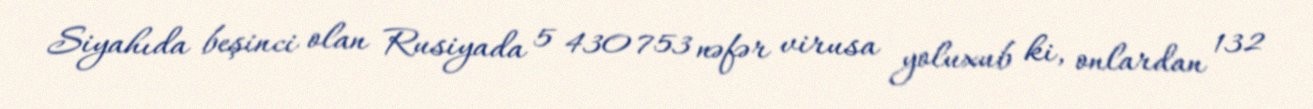
Siyahıda beşinci olan Rusiyada 5 430 753 nəfər virusa yoluxub ki, onlardan 132